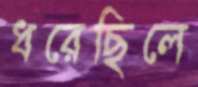
ধরেছিলে